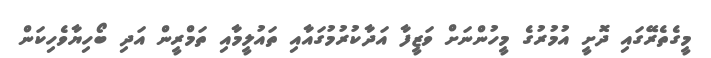
މީގެތެރޭގައި ދޮށީ އުމުރުގެ މީހުންނަށް ވަޒީފާ އަދާކުރުމުގައާއި ތައުލީމާއި ތަމްރީން އަދި ބޯހިޔާވެހިކަން